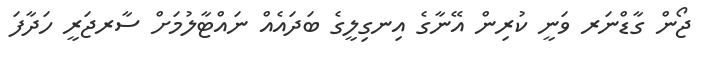
ޖޯން ގާޑްނަރ ވަނީ ކުރިން އޭނާގެ އިނގިލީގެ ބަދައެއް ނައްޓާލުމަށް ސާރޖަރީ ހަދާފަ